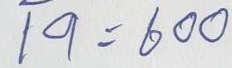
19 = 600